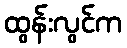
ထွန်းလွင်က